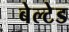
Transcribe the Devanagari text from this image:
बेल्टेड